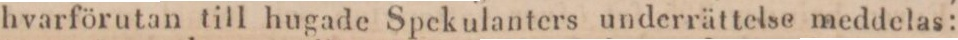
hvarförutan till hugade Spekulanters underrättelse meddelas: